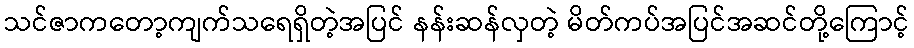
သင်ဇာကတော့ကျက်သရေရှိတဲ့အပြင် နန်းဆန်လှတဲ့ မိတ်ကပ်အပြင်အဆင်တို့ကြောင့်